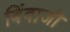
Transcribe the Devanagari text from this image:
बिंबाजी